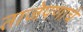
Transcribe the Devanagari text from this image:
ताजेपणाचे